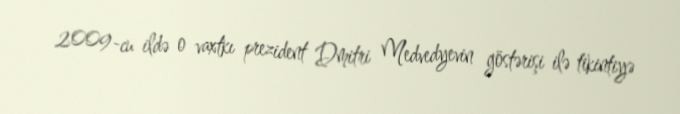
2009-cu ildə o vaxtkı prezident Dmitri Medvedyevin göstərişi ilə tikintiyə